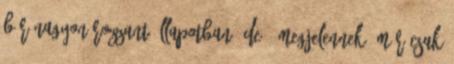
bár nagyon rozzant állapotban, de – megjelennek. Már csak